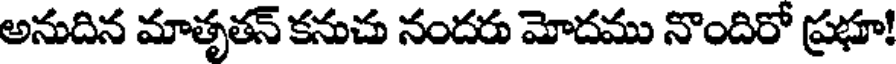
అనుదిన మాతృతన్ కనుచు నందరు మోదము నొందిరో ప్రభూ!